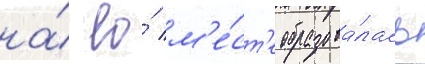
на́ ео́ м'е́ст'е образова́лась